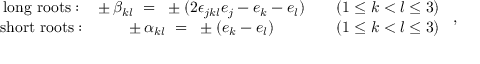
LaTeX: \begin{array} { c c c c } { { \mathrm { l o n g ~ r o o t s : } } } & { { \pm \, \beta _ { k l } ~ = ~ \pm ( 2 \epsilon _ { j k l } e _ { j } - e _ { k } - e _ { l } ) } } & { { } } & { { ( 1 \leq k < l \leq 3 ) } } \\ { { \mathrm { s h o r t ~ r o o t s : } } } & { { \pm \, \alpha _ { k l } ~ = ~ \pm ( e _ { k } - e _ { l } ) } } & { { } } & { { ( 1 \leq k < l \leq 3 ) } } \end{array} ~ ,